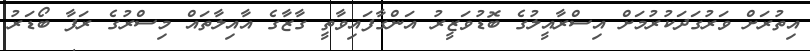
އިތުރަށް ވަރުގަދަކުރުމަށް އިސްރާއީލުގެ ބޮޑުވަޒީރު އަންގާފައިވާތީ ގާޒާގެ އާއިލާތައް މިސްރުގެ ރަފާ ބޯޑަރު